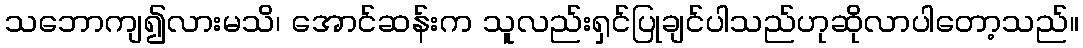
သဘောကျ၍လားမသိ၊ အောင်ဆန်းက သူလည်းရှင်ပြုချင်ပါသည်ဟုဆိုလာပါတော့သည်။